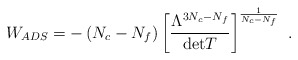
\begin{align*}W_{ADS}=-\left(N_c - N_f\right)\left[\frac{\Lambda^{3N_c-N_f}}{{\rm det} T}\right]^{\frac{1}{N_c - N_f}}\ .\end{align*}